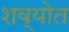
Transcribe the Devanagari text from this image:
शव्योत